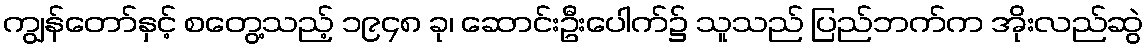
ကျွန်တော်နှင့် စတွေ့သည့် ၁၉၄၈ ခု၊ ဆောင်းဦးပေါက်၌ သူသည် ပြည်ဘက်က အိုးလည်ဆွဲ